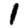
Digit: 1